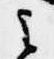
之